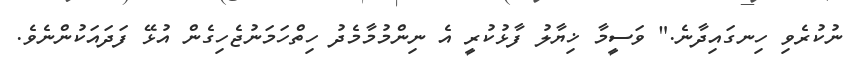
ނުކުރެވި ހިނގައިދާނެ." ވަސީމާ ޚިޔާލު ފާޅުކުރީ އެ ނިންމުމާމެދު ހިތްހަމަނުޖެހިގެން އުޅޭ ފަދައަކުންނެވެ.